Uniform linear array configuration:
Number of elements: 24
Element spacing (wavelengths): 0.25
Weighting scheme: uniform
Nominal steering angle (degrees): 30
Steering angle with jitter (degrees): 29.409
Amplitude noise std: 0.05
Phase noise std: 0.05

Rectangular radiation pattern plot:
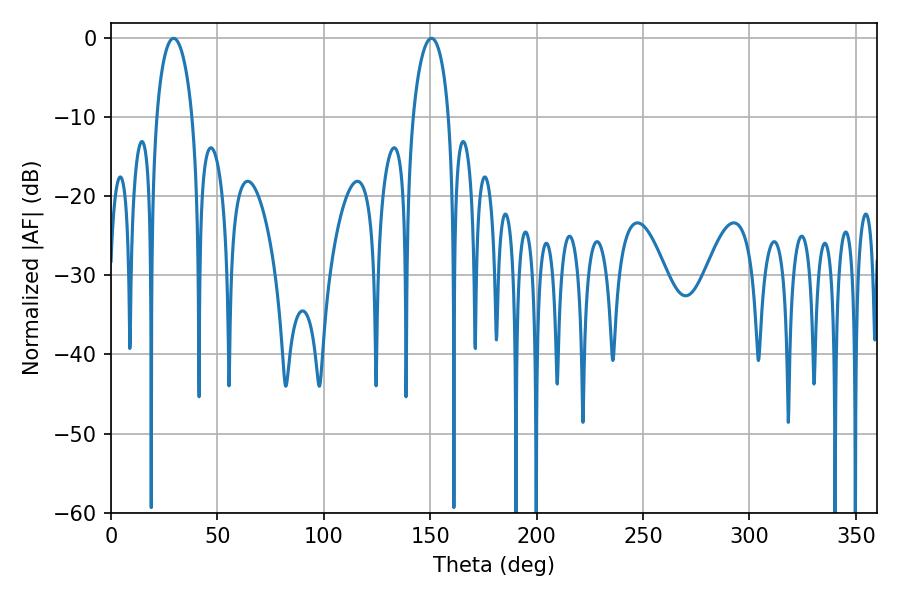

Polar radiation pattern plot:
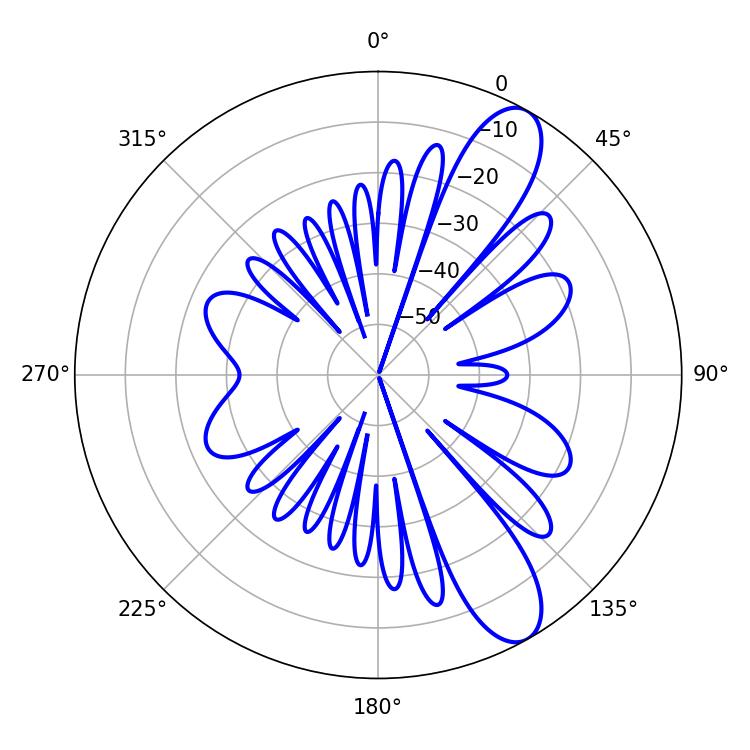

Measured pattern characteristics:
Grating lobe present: FALSE
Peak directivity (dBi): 10.355
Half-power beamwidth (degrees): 9.72
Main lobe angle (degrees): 29.34